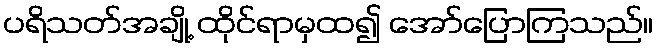
ပရိသတ်အချို့ ထိုင်ရာမှထ၍ အော်ပြောကြသည်။